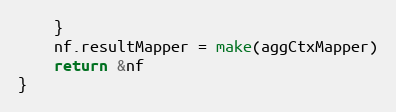
Language: Go
	}
	nf.resultMapper = make(aggCtxMapper)
	return &nf
}